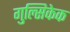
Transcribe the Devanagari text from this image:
गुल्सिकेक